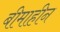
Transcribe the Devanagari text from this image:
बीमाहीन